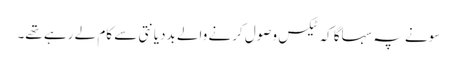
‏ سونے پہ سہاگا کہ ٹیکس وصول کرنے والے بددیانتی سے کام لے رہے تھے۔